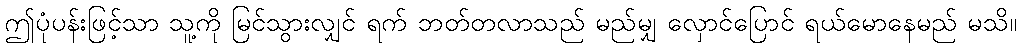
ဤပုံပန်းဖြင့်သာ သူ့ကို မြင်သွားလျှင် ရက် ဘတ်တလာသည် မည်မျှ လှောင်ပြောင် ရယ်မောနေမည် မသိ။